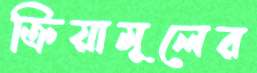
ক্রিয়ামূলের